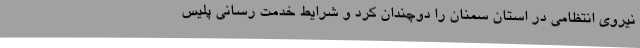
نیروی انتظامی در استان سمنان را دوچندان کرد و شرایط خدمت رسانی پلیس